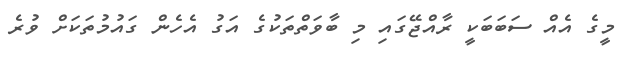
މީގެ އެއް ސަބަބަކީ ރާއްޖޭގައި މި ބާވަތްތަކުގެ އަގު އެހެން ގައުމުތަކަށް ވުރެ